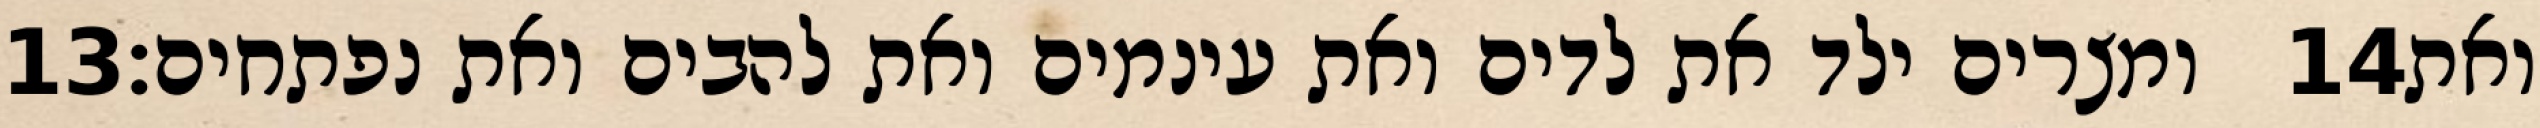
‎13‏ ומצרים ילד את לדים ואת עינמים ואת להבים ואת נפתחים׃ ‎14‏ ואת